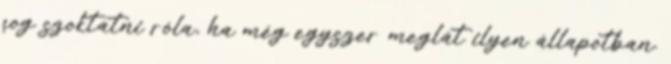
fog szoktatni róla, ha még egyszer meglát ilyen állapotban.